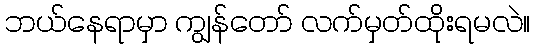
ဘယ်နေရာမှာ ကျွန်တော် လက်မှတ်ထိုးရမလဲ။